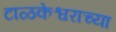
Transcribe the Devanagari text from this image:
टाळकेश्वराच्या